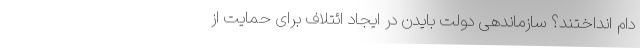
دام انداختند؟ سازماندهی دولت بایدن در ایجاد ائتلاف برای حمایت از